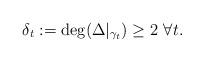
LaTeX: \begin{align*}\delta_t := \deg (\Delta \vert_{\gamma_t} ) \geq 2 \mbox{ } \forall t .\end{align*}